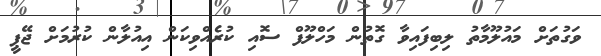
ވަގުތަށް މައުލޫމާތު ލިބިފައިވާ ގޮތުން މަހްލޫފް ސޮއި ކުރެއްވިކަން އިއުލާން ކުރުމަށް ޖޭޕީ